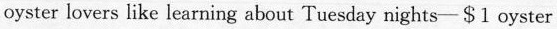
oyster lovers like learning about Tuesday nights- $1 oyster